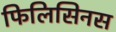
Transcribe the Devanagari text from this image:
फिलिसिनस